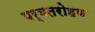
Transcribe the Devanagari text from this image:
पर्वतरोहण